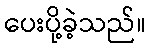
ပေးပို့ခဲ့သည်။